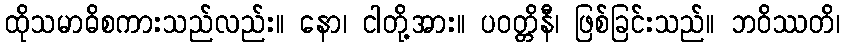
ထိုသမာဓိစကားသည်လည်း။ နော၊ ငါတို့အား။ ပဝတ္တိနီ၊ ဖြစ်ခြင်းသည်။ ဘဝိဿတိ၊